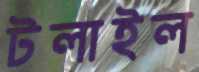
টলাইল